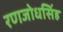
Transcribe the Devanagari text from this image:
रणजोधसिंह